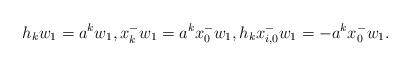
LaTeX: \begin{align*} h_{k}w_1=a^kw_1,x_{k}^{-}w_1=a^kx_{0}^{-}w_1,h_{k}x_{i,0}^{-}w_1=-a^kx_{0}^{-}w_1.\end{align*}